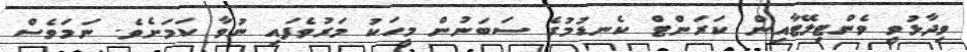
ވިދާޅުވީ ވެންޓިލޭޓާއިން ކަރަންޓް ކެނޑުމުގެ ސަބަނުން މީހަކު މަރުވެފައި ނުވާ ކަމަށެވެ. ނަމަވެސް